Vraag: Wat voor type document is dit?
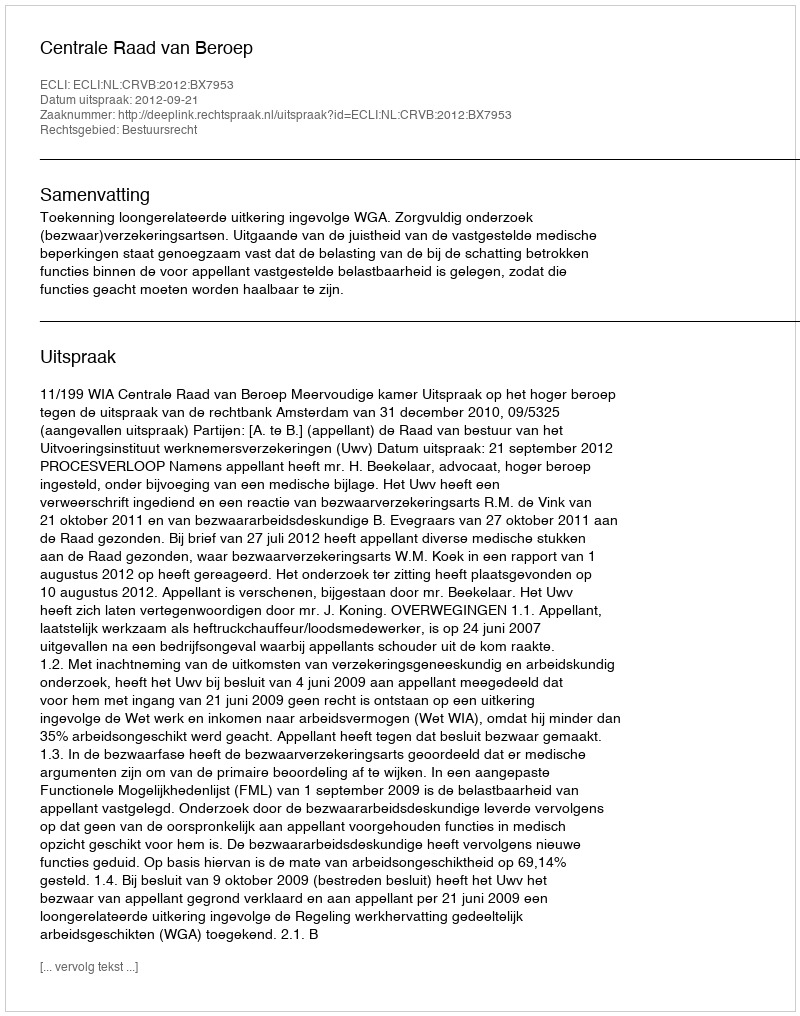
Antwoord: Uitspraak